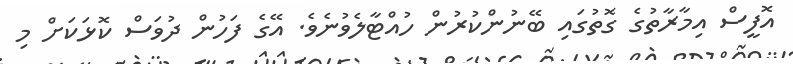
އޮފީސް އިމާރާތުގެ ގޮތުގައި ބޭނުންކުރުން ހުއްޓާލެވުނެވެ. އޭގެ ފަހުން ދުވަސް ކޮޅަކަށް މި